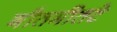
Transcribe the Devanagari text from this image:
गौतमीतटे